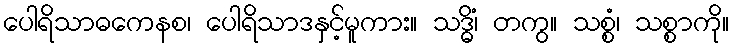
ပေါရိသာဓကေနစ၊ ပေါရိသာဒနှင့်မူကား။ သဒ္ဓိံ၊ တကွ။ သစ္စံ၊ သစ္စာကို။